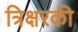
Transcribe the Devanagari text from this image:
त्रिक्षरकी